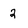
Character: 2